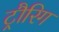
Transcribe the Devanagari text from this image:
ट्रौरिग